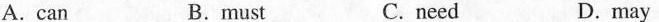
A.can B.must C. need D.may